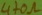
Text: 470Ω